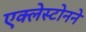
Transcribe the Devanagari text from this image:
एक्लेस्टोनने